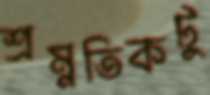
শ্রম্নতিকটুু